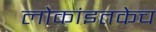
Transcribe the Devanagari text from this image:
लोकांइतकेच